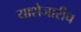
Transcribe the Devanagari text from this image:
याशेजारीच